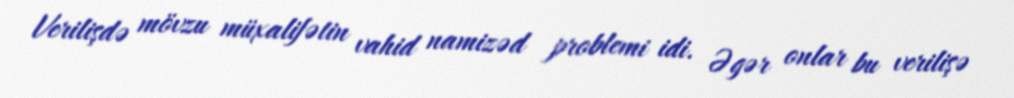
Verilişdə mövzu müxalifətin vahid namizəd problemi idi. Əgər onlar bu verilişə